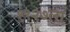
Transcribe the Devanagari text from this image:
१९२७ला